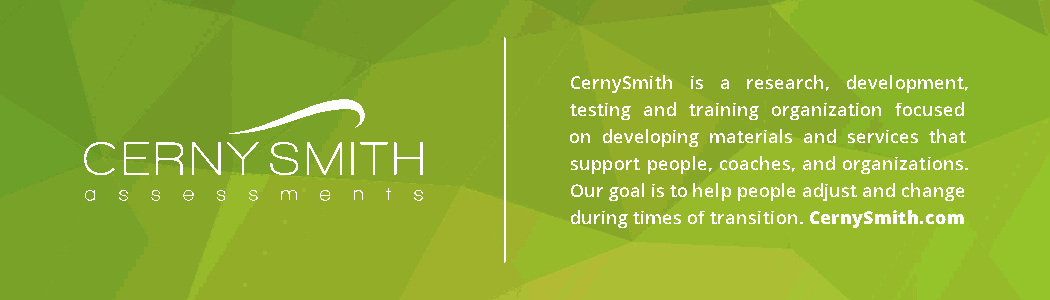
CernySmith is a research, development,
 testing and training organization focused
 on developing materials and services that
 support people, coaches, and organizations.
 Our goal is to help people adjust and change
 during times of transition. CernySmith.com